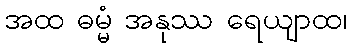
အထ ဓမ္မံ အနုဿ ရေယျာထ၊